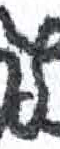
אות: ץ